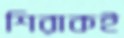
শিরাকই